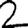
Digit: 2